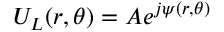
U _ { L } ( r , \theta ) = A e ^ { j \psi ( r , \theta ) }